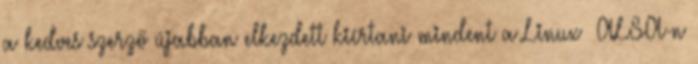
a kedves szerző újabban elkezdett kiírtani mindent a Linux ALSA-n